Vital statistics of India. Vol. V, Reports of 1876 on armies & jails and on epidemic cholera
Year: 1876
Disease focus: Cholera
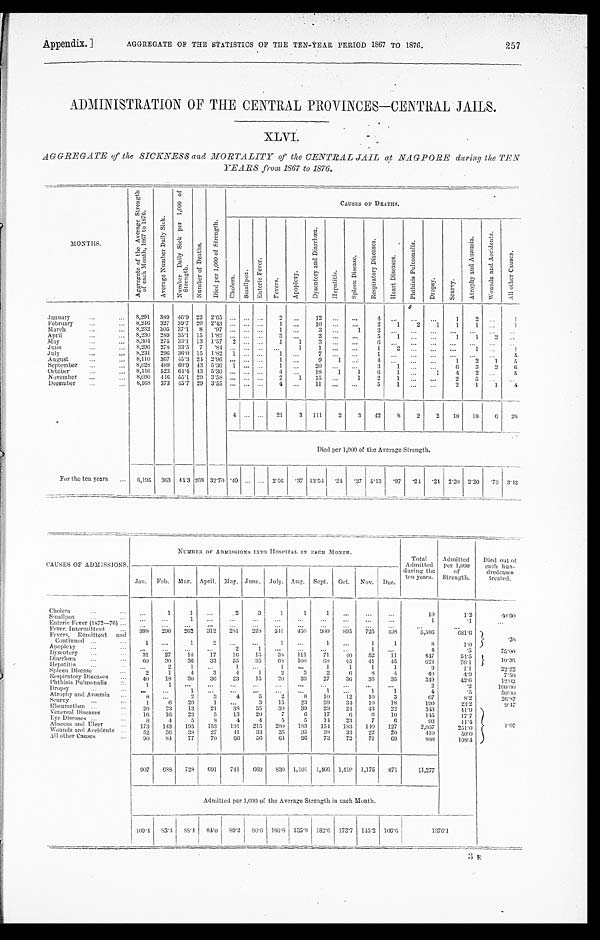
Appendix.] AGGREGATE OF THE STATISTICS OF THE TEN-YEAR PERIOD 1867 TO 1876 257
ADMINISTRATION OF THE CENTRAL PROVINCES—CENTRAL JAILS.
XLVI.
AGGREGATE of the SICKNESS and MORTALITY of the CENTRAL JAIL at NAGPORE during the TEN
YEARS from 1867 to 1876.
M O N T H S .
A g g r e g a t e o f t h e A v e r a g e S t r e n g t h o f e a c h M o t h e r , 1 8 6 7 t o 1 8 7 6 .
A v e r a g e N u m b e r D a i l y S i c k .
N u m b e r D a i l y S i c k p e r 1 , 0 0 0 o f S t r e n g t h .
N u m b e r o f D e a t h s .
D i e d p e r 1 , 0 0 0 o f S t r e n g t h .
CAUSES Or DEATHS.
C h o l e r a .
S m a l l p o x
E n t e r i c F e v e r .
F e v e r s .
A p o p l e x y .
D y s e n t e r y a n d D i a r r h œ a
H e p a t i t i s .
S p l e e n D i s e a s e .
R e s p i r a t o r y D i s e a s e s .
H e a r t D i s e a s e s . P h t h i s i s P u l m o n a l i s .
D r o p s y . S c u r v y .
A t r o p h y a n d A n æ m i a .
W o u n d s a n d A c c i d e n t s .
A l l o t h e r C a u s e s .
January
8,291 389 46.9 22 2.65
2
12
4
1
2
1
February
8,246 327 39.7 20 2.43
1
10
2 1 2 1 1 1
1
March
8,232 305 37.1 8 . 97
1
3
1 3
April
8,230 289 35.1 15 1.82
3
2
5 1
1 1 2
May
8 , 3 0
4 275 33.1 13 1.57 2
1 1
3
6
June
8,296 278 33.5 7 . 84
1 1
1 2
1
1
July
8,231 296 36.0 15 1.82 1
1
7
1
5
August
8,110 367 45.3 24 2.96
1
9 1
4
1 2 1 5
September
8,028 489 60.9 43 5.36 1
1
20
3 1
6 3 2
6
October
8,116 523 64.4 43 5.30
4
18 1 1 6 1
1 4 2
5
November
8,090 446 55.1 29 3.58
2 1 15
1 2 1
2 5
December
8,168 373 45.7 29 3.55
4
11
5 1
2 1 1 4
4
21 3 111 2 3 42
8 2 2 18 18
6 28
Died per 1,000 of the Average Strength.
For the ten years
8 , 1 9 5 363 4 4 . 3 268 32.70 .49
2.56 .37 13.54 . 2 4 . 37 5.13 .97 .24 . 24 2.20 2.20 .73 3 . 4 2
CAUSES OF ADMISSIONS.
NUMBRR OF ADMI SSI ONS I NTO HOSPI TAL I N EACH MONTH.
Total
Admitted
during the
ten years.
Admitted per 1,000
of
Strength.
Died out of.
each hun-
d r e d c a s e s treated.
J a n .
Feb. Mar. April. May. June. .July. Aug. Sept. Oct. Nov. Dec.
C h o l e r a .
1
1
2 3
1 1
1
10
1.2
4 0 . 0 0
Smallpox
1
1
.1
Enteric Fever (1872—76)
Fever, Intermittent
398 296 262 312 281 228 341 450 900 895 725 498
5,586
681.6 .3 8
Fevers, Remittent and
Continued
1
1
2
1
1
1
1
8
1.0
Apoplexy
2
1
1
4
. 5
7 5 . 0 0
Dysentery
31 27 18 17 16 15 38 111 71
4 0 52 11
447
54.5
10.30
Diarrhœa
60 30 36 33 55 35 68 108
6 8 45 41 45
624.
76.1
Hepati ti s
2
1
1
1
1
1
1
1
9
1. 1
2 2 . 2 2
Spleen Disease
2
1
4
3
4
1
2
3
2
6 8 4
40
4.9
7 . 5 0
Respiratory Diseases
40 18 30 36 23 15 20 33 27 36 36 35
349
42.6
1 2 . 0 3
Phthisis Pulmonalis 1
1
2
.2
1 0 0 . 0 0
Dropsy
1
1
1
1
4
.5
5 0 . 0 0
Atrophy and Anæmia
8
2 3
4
5
2
8 10 12 10
3
67
8.2
2 6 . 8 7
S c u r v y 1
6 20
1
3 15 23 59 34 10 18
190
23.2
9 . 4 7
Rheumatism 26 23 13 21 38 35 30 39 29 24 43 22
343
41.9
1.07
Venereal Diseases
16 16 23
5 13 20
7
6 17
6
6 10
145
17.7
Eye Diseases 8
4 5
8
4
4
5 5 14 23
7
6
93
11.4
Abscess and Ulcer
173 143 195 153 191 215 200 183 154 183
1 4 0 127
2,057
251.0
Wounds and Accidents
5 2 36
3 8
2 7
4 1 33 35 35 38 33 22 20
410
50.0
All other Causes
90 84 77 70 66 56
6 4
9 6 73 72 71 69
888
108.4
907
6 8 8 728 691 741
6 6 9 830 1,101 1,466 1,410 1,175 871
11,277
Admitted per 1,000 of the Average Strength in each Month.
109.4 83.4
8 8 . 4
8 4 . 0 89.2 80.6 100.8 135.8 182.6 173.7 145.2 106.6
1 3 7 6 . 1
3 R